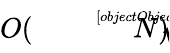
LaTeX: O({\sqrt[[objectObject]]{N}})